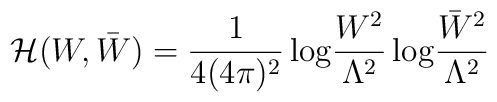
{\cal H}(W,\bar{W})=\frac{1}{4(4\pi)^2}\,{\rm log}\frac{W^2}{\Lambda^2}\,{\rm log}\frac{\bar{W}^2}{\Lambda^2}\,